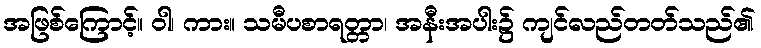
အဖြစ်ကြောင့်။ ဝါ၊ ကား။ သမီပစာရတ္တာ၊ အနီးအပါး၌ ကျင်လည်တတ်သည်၏